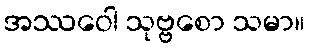
အဿဝေါ သုဗ္ဗစော သမာ။